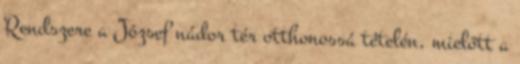
Rendszere a József nádor tér otthonossá tételén, mielőtt a